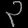
Digit: ၃